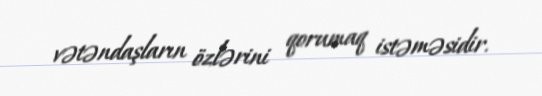
vətəndaşların özlərini qorumaq istəməsidir.